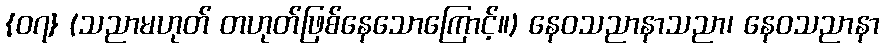
{၀၇} (သညာမဟုတ် တဟုတ်ဖြစ်နေသောကြောင့်။) နေဝသညာနာသညာ၊ နေဝသညာနာ